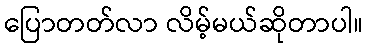
ပြောတတ်လာ လိမ့်မယ်ဆိုတာပါ။